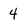
Character: 4